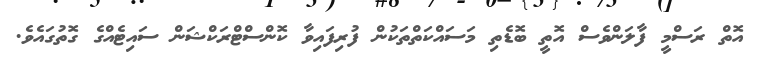
އޮތް ރަސްމީ ފާލަންވެސް އޮތީ ބޮޑެތި މަސައްކަތްތަކުން ފުރިފައިވާ ކޮންސްޓްރަކްޝަން ސައިޓެއްގެ ގޮތުގައެވެ.